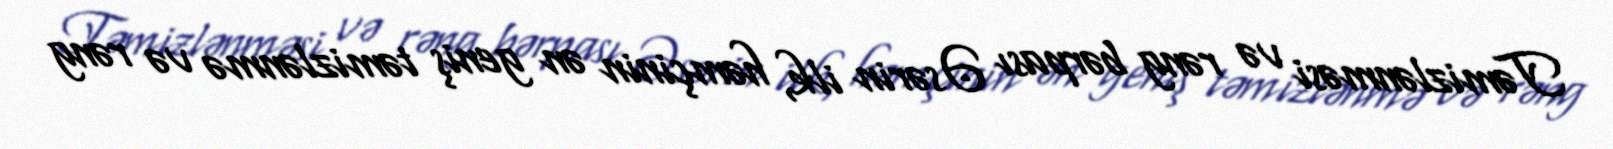
Təmizlənməsi və rəng bərpası Əsərin ilk, həmçinin ən geniş təmizlənmə və rəng